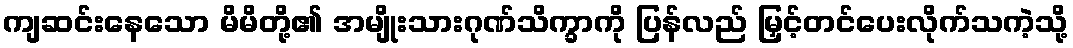
ကျဆင်းနေသော မိမိတို့၏ အမျိုးသားဂုဏ်သိက္ခာကို ပြန်လည် မြှင့်တင်ပေးလိုက်သကဲ့သို့